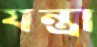
যন্ত্রা